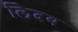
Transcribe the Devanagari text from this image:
लेिदय